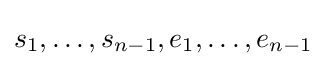
s_{1},\ldots ,s_{n-1},e_{1},\ldots ,e_{n-1}